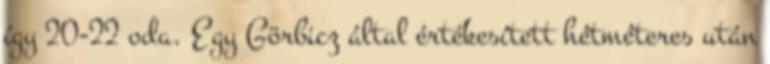
így 20-22 oda. Egy Görbicz által értékesített hétméteres után